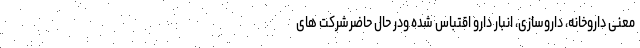
معنی داروخانه، داروسازی، انبار دارو اقتباس شده ودر حال حاضرشرکت های